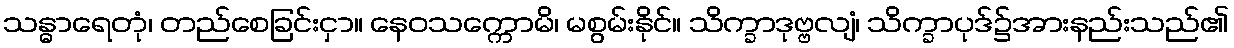
သန္ဓာရေတုံ၊ တည်စေခြင်းငှာ။ နေဝသက္ကောမိ၊ မစွမ်းနိုင်။ သိက္ခာဒုဗ္ဗလျံ၊ သိက္ခာပုဒ်၌အားနည်းသည်၏